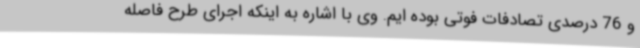
و 76 درصدی تصادفات فوتی بوده ایم. وی با اشاره به اینکه اجرای طرح فاصله